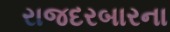
રાજદરબારના